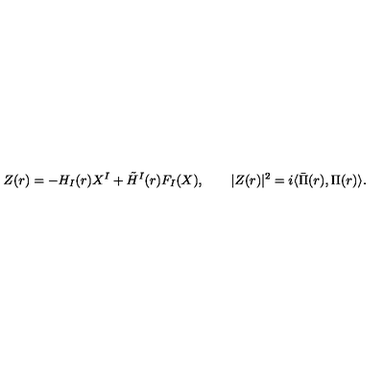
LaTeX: Z ( r ) = - H _ { I } ( r ) X ^ { I } + \tilde { H } ^ { I } ( r ) F _ { I } ( X ) , \qquad \vert Z ( r ) \vert ^ { 2 } = i \langle \bar { \Pi } ( r ) , \Pi ( r ) \rangle .